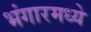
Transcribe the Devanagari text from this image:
भंगारमध्ये